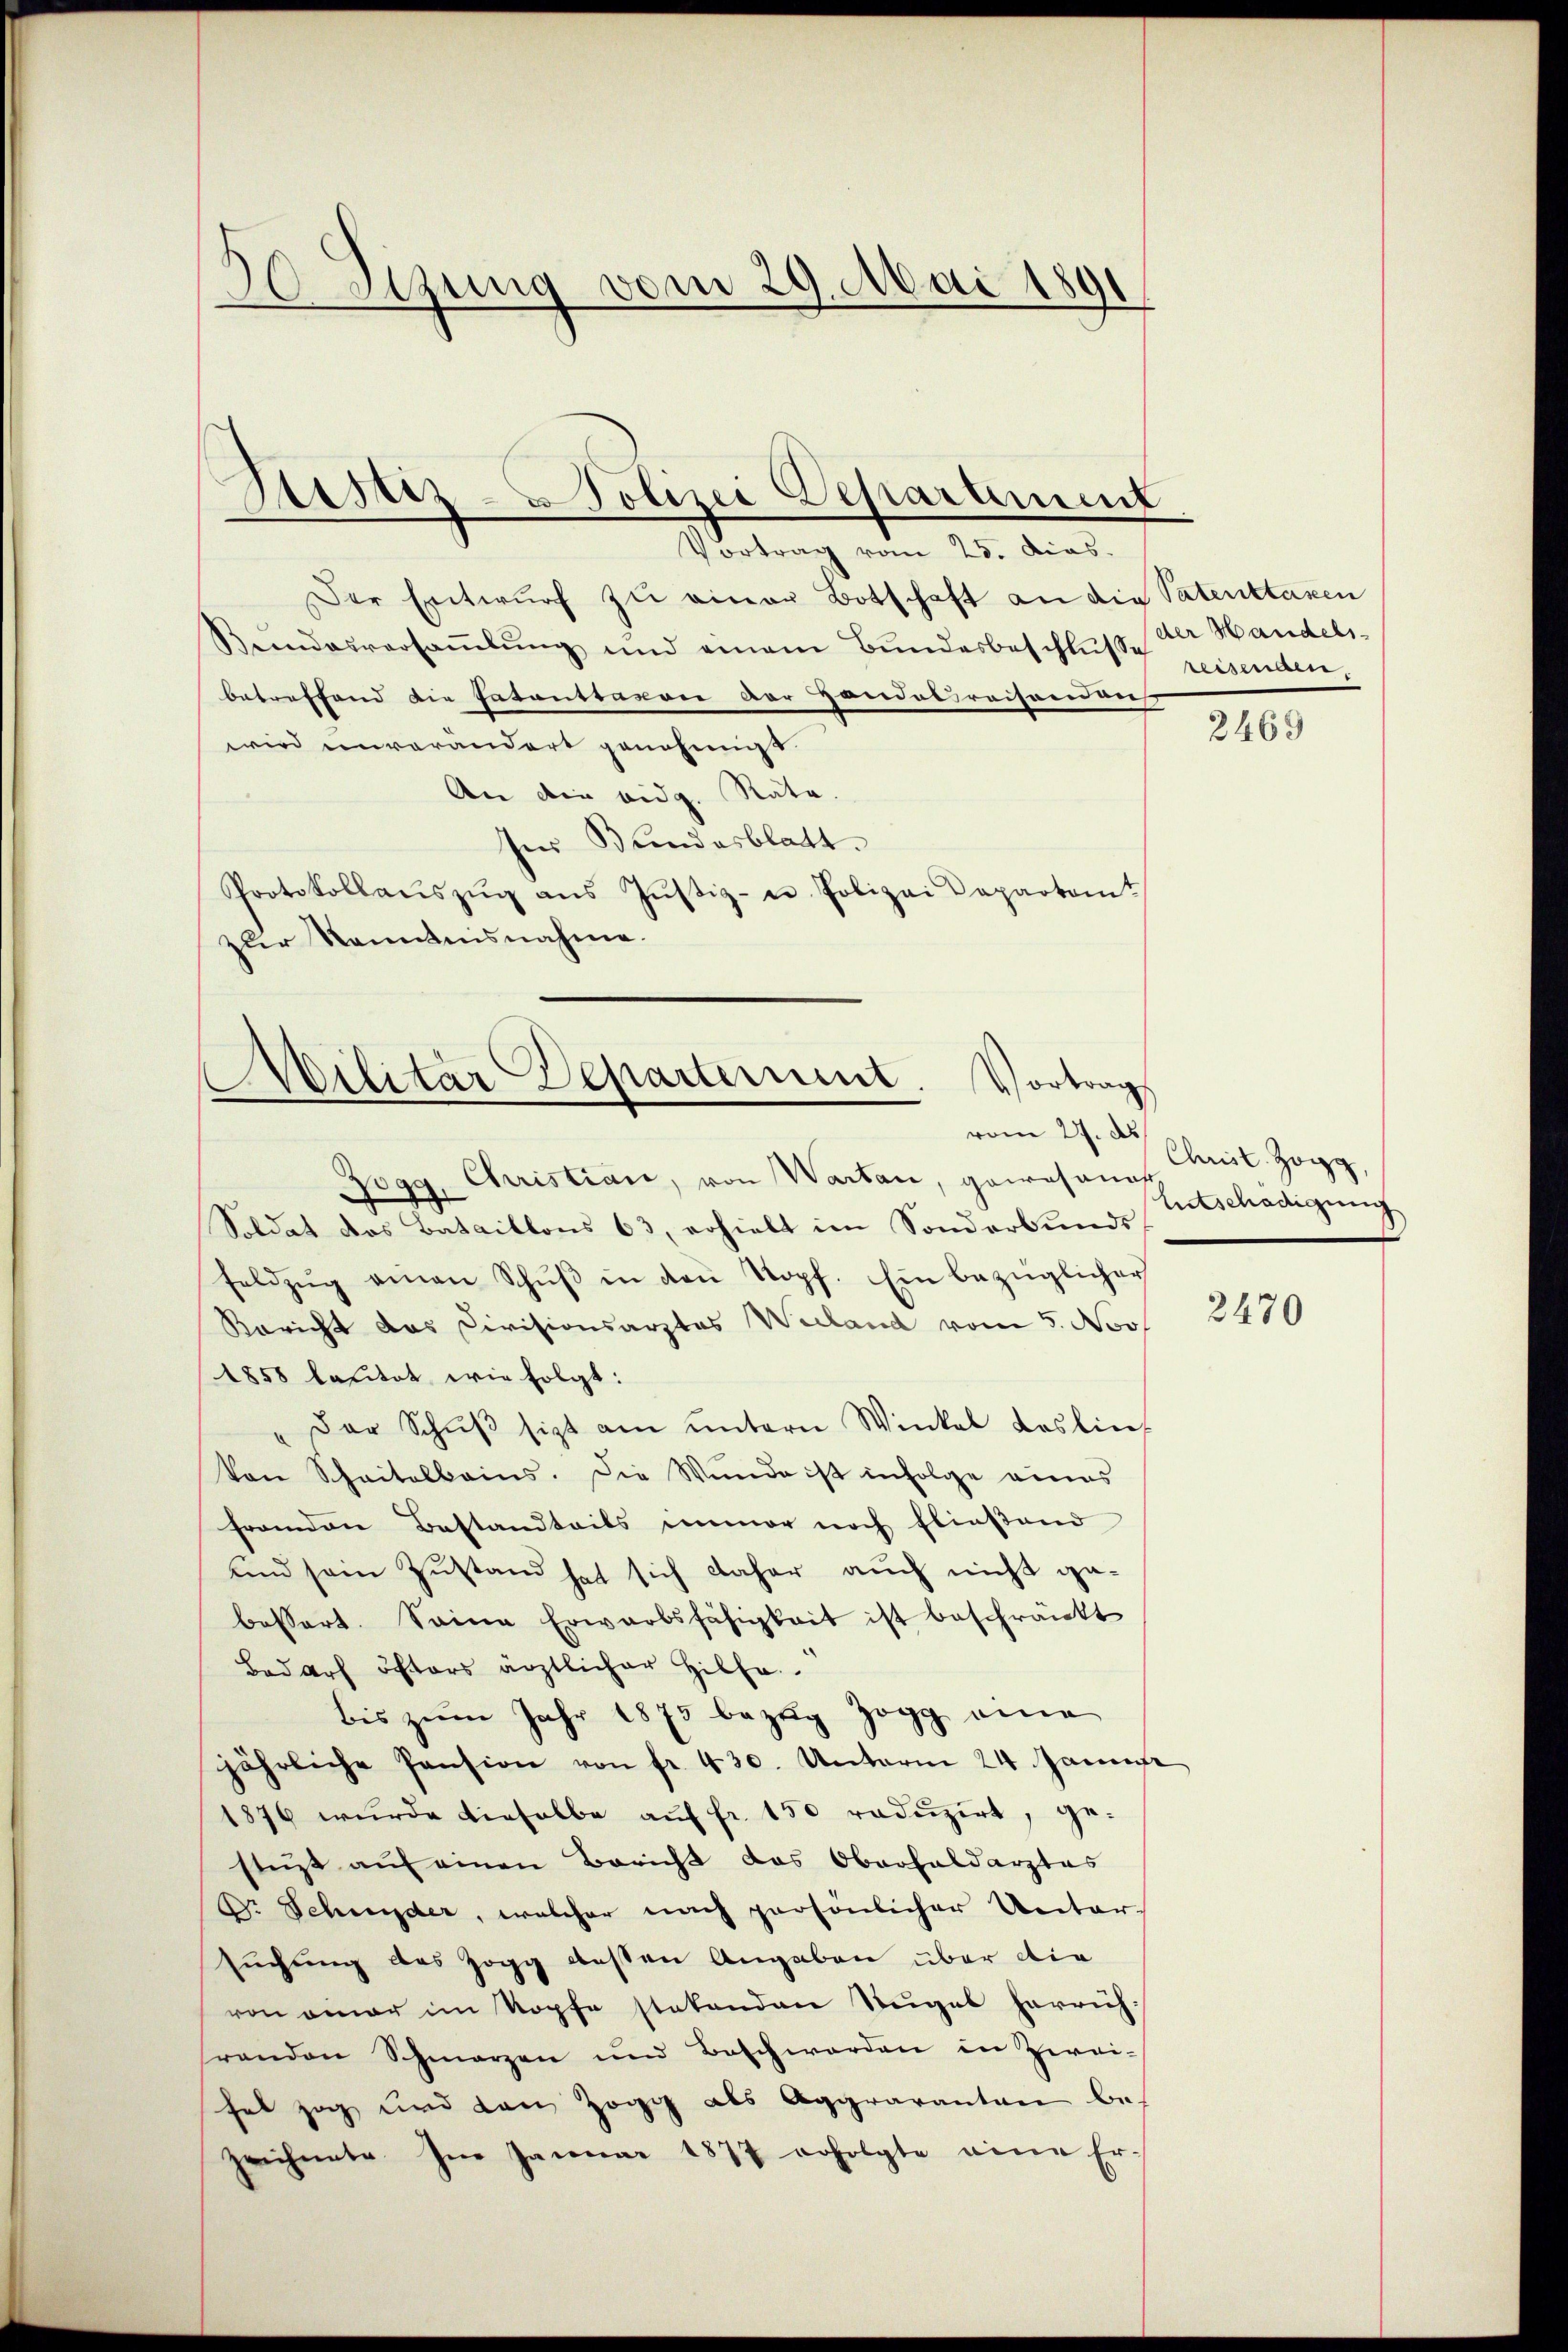
3etzung vom 29. Mai 1891

Sistiz-Polizei Departement

Vortrag vom 25. dias.
Der Entwŭrf zu einer Botschaft an die Patenttassen
Bundesversaṁlŭng und einem Bŭndesbeschlŭsse reisenden,
betreffend die Patonstaxon der Hondolraisonenvers
wird einvorandort genehmigt.
An die eidg. Räte.
Ins Bundesblatt.
Protokollaŭszŭg aŭs Jŭstiz- u Polizei Departamt
zur Kenntnisnahme.

e
Militär Departerint. Vortrag
vom 27. d

Jogg, Christian, von Warten, gewesener
Soldat das Bataillons 63, erhielt im Sonderbunds
feldzŭg einen Schŭβ in den Kopf. Ein bezüglicher
Bericht das Civisionsarztes Wieland vom 5. Nov.
1858 lautet wie folgt:
" Der Schŭβ sist am untern Winkel das lies
Von Schaitalbains. Die Wunde ist infolge eines
franden Bestandteils immer noch fliestand
und sein Zustand hat sich daher auch nicht gebessert. Seine Erwarbsfähigkeit ist beschränkt
Bedarf öfters ärztlicher Hilfe.
bis zŭm Jahr 1875 bezŭg Zogg eine
jährliche Pension von fr. 430. Unterm 24 Janu
1876 wurde dieselbe auf fr. 150 reduzirt, ge-
stüzt auf einen Bericht das Oberhaldarztes
Dr. Schnyder, welcher nach persönlicher Unter-
suchung des Zogg dessen Angaben über die
von einer im Kopfe statenden Regel herrichrenden Schmerzen und Beschworden in Zwei-
hat zog und den zog als Aggravantan be-
zeichnete. Im Januar 1877 erfolgte eine Er¬

der Handels¬

2469

Christ. Zögg,
Entschädigung

2470